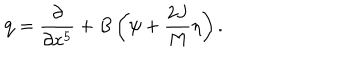
LaTeX: { \bf q } = { \frac { \partial } { \partial x ^ { 5 } } } + B \left( \psi + { \frac { 2 J } { M } } \eta \right) .